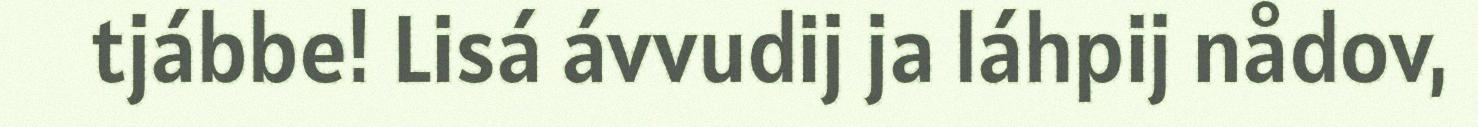
tjábbe! Lisá ávvudij ja láhpij nådov,